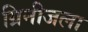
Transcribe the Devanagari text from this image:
ग्रिनीजला